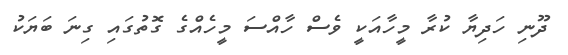
ދޫނި ހަދިޔާ ކުރާ މީހާއަކީ ވެސް ހާއްސަ މީހެއްގެ ގޮތުގައި ގިނަ ބަޔަކު